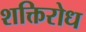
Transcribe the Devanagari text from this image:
शक्तिरोध